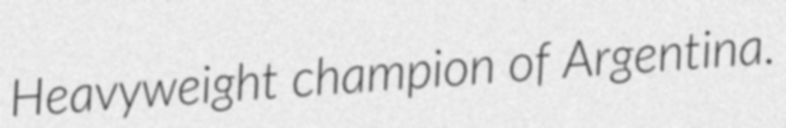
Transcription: Heavyweight champion of Argentina.